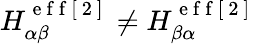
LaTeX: H_{\alpha\beta}^{\mathrm{~e~f~f~[~2~]~}}\neq H_{\beta\alpha}^{\mathrm{~e~f~f~[~2~]~}}